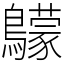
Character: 䴌